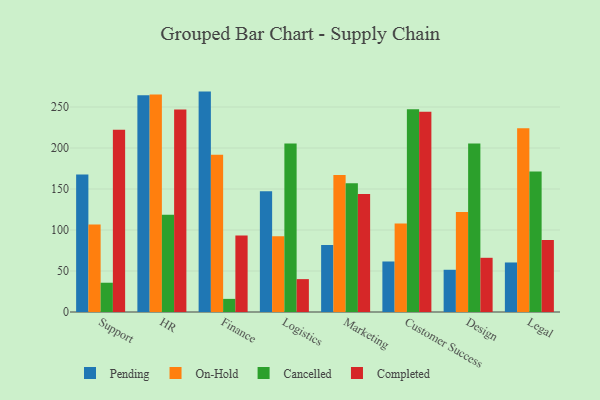
{"axis": {"x": "Department", "y": "Net Income (USD K)"}, "legend": ["Cancelled", "Completed", "On-Hold", "Pending"], "data": [{"x": "Support", "y": 167.8, "type": "Pending"}, {"x": "Support", "y": 106.7, "type": "On-Hold"}, {"x": "Support", "y": 35.7, "type": "Cancelled"}, {"x": "Support", "y": 222.4, "type": "Completed"}, {"x": "HR", "y": 264.2, "type": "Pending"}, {"x": "HR", "y": 265.3, "type": "On-Hold"}, {"x": "HR", "y": 118.6, "type": "Cancelled"}, {"x": "HR", "y": 246.9, "type": "Completed"}, {"x": "Finance", "y": 268.8, "type": "Pending"}, {"x": "Finance", "y": 191.8, "type": "On-Hold"}, {"x": "Finance", "y": 16.0, "type": "Cancelled"}, {"x": "Finance", "y": 93.2, "type": "Completed"}, {"x": "Logistics", "y": 147.3, "type": "Pending"}, {"x": "Logistics", "y": 92.5, "type": "On-Hold"}, {"x": "Logistics", "y": 205.6, "type": "Cancelled"}, {"x": "Logistics", "y": 40.1, "type": "Completed"}, {"x": "Marketing", "y": 81.6, "type": "Pending"}, {"x": "Marketing", "y": 167.0, "type": "On-Hold"}, {"x": "Marketing", "y": 157.1, "type": "Cancelled"}, {"x": "Marketing", "y": 143.9, "type": "Completed"}, {"x": "Customer Success", "y": 61.6, "type": "Pending"}, {"x": "Customer Success", "y": 107.9, "type": "On-Hold"}, {"x": "Customer Success", "y": 247.2, "type": "Cancelled"}, {"x": "Customer Success", "y": 244.1, "type": "Completed"}, {"x": "Design", "y": 51.5, "type": "Pending"}, {"x": "Design", "y": 122.0, "type": "On-Hold"}, {"x": "Design", "y": 205.5, "type": "Cancelled"}, {"x": "Design", "y": 66.1, "type": "Completed"}, {"x": "Legal", "y": 60.4, "type": "Pending"}, {"x": "Legal", "y": 224.1, "type": "On-Hold"}, {"x": "Legal", "y": 171.5, "type": "Cancelled"}, {"x": "Legal", "y": 87.8, "type": "Completed"}]}